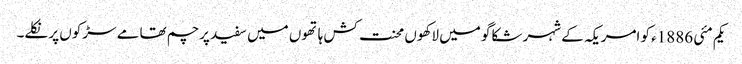
یکم مئی 1886ء کو امریکہ کے شہر شکاگو میں لاکھوں محنت کش ہاتھوں میں سفید پرچم تھامے سڑکوں پر نکلے۔